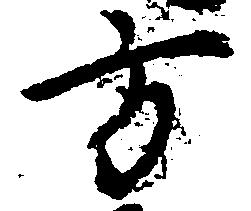
方